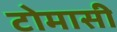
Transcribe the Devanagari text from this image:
टोमासी